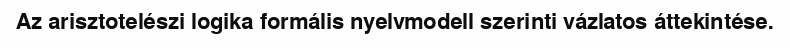
Az arisztotelészi logika formális nyelvmodell szerinti vázlatos áttekintése.